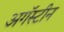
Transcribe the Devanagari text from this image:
अगॅस्टीन